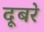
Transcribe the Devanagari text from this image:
दूबरे